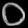
Digit: ၀